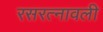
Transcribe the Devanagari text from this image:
रसरत्नावली